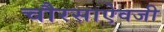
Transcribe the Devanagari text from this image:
चौरसाऐवजी